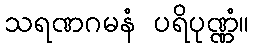
သရဏဂမနံ ပရိပုဏ္ဏံ။